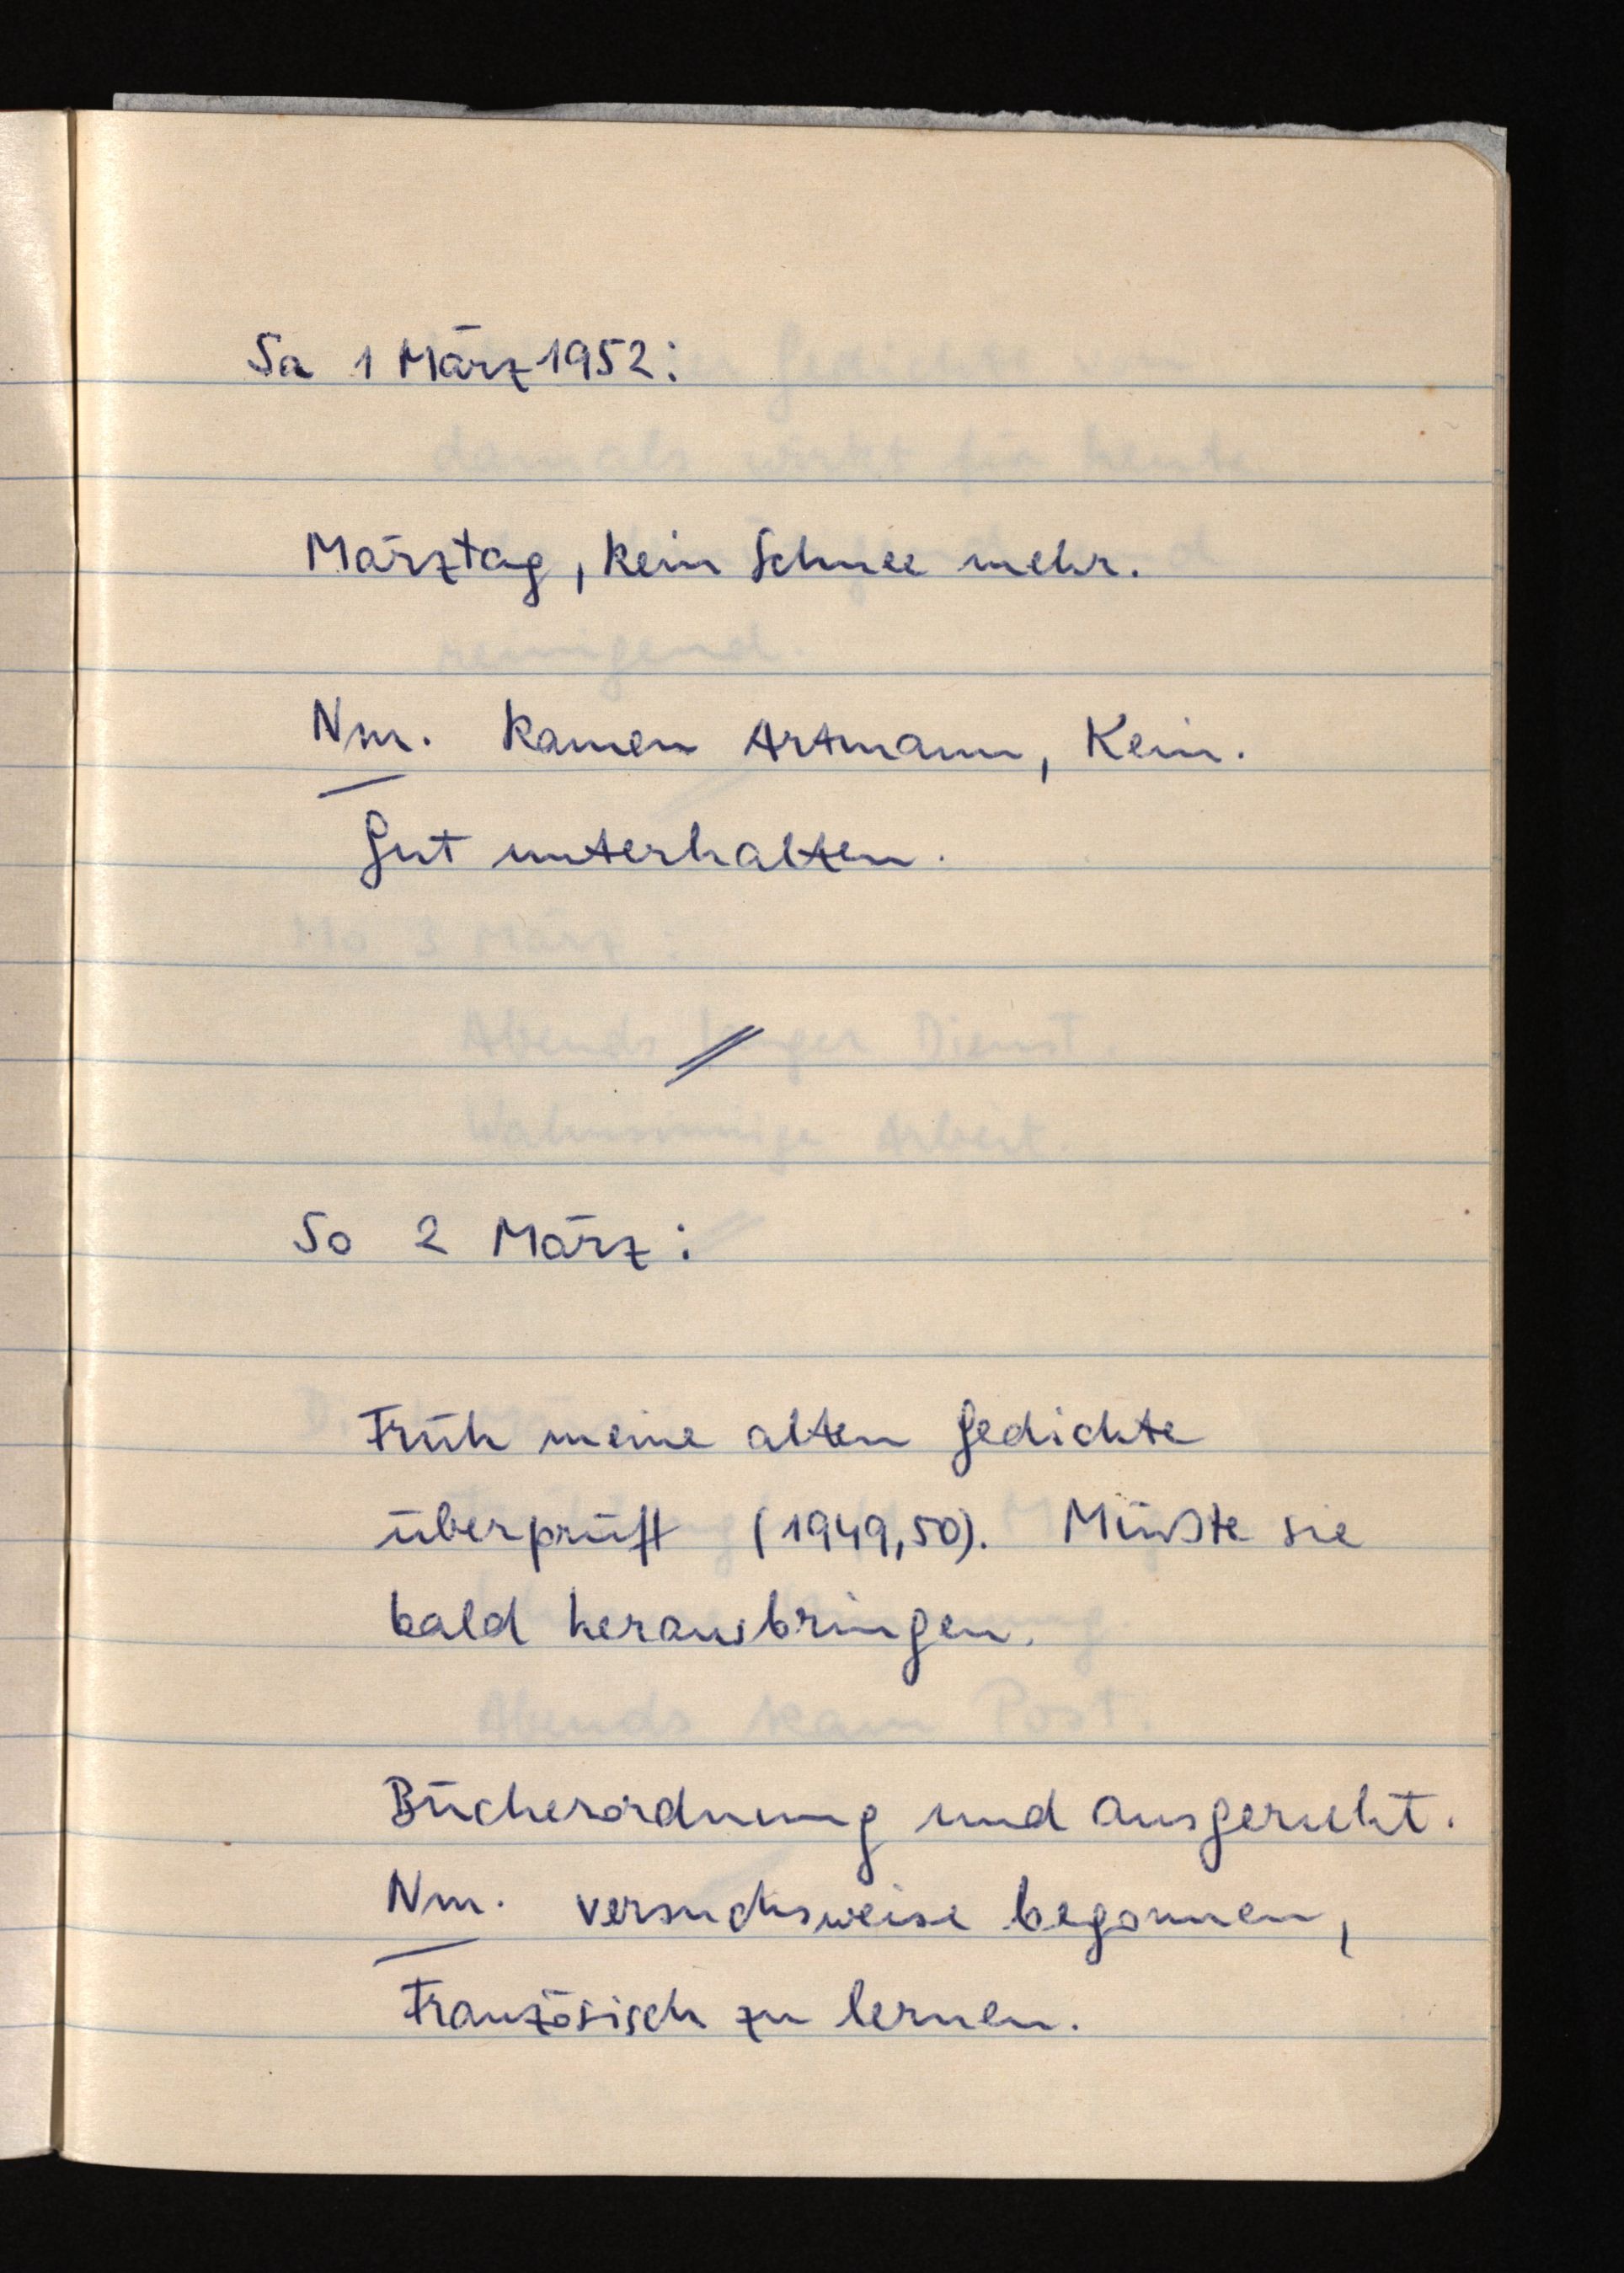
Sa 1 März 1952:
Märztag, kein Schnee mehr.
Nm. kamen Artmann, Kein.
Gut unterhalten.
So 2 März:
Früh meine alten Gedichte
überprüft (1949, 50). Müßte sie
bald herausbringen.
Bücherordnung und ausgeruht.
Nm. versuchsweise begonnen,
Französisch zu lernen.